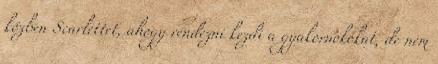
közben Scarlettet, ahogy rendezni kezdi a gyakornokokat, de nem